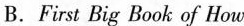
B. First Big Book of Howe